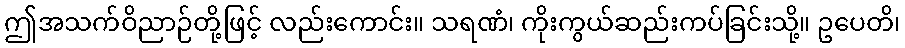
ဤအသက်ဝိညာဉ်တို့ဖြင့် လည်းကောင်း။ သရဏံ၊ ကိုးကွယ်ဆည်းကပ်ခြင်းသို့။ ဥပေတိ၊